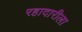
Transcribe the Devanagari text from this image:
रहादारीला